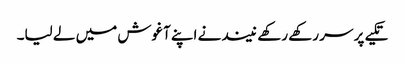
تکیے پر سر رکھے رکھے نیند نے اپنے آغوش میں لے لیا۔